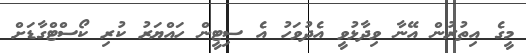
މީގެ އިތުރުން އޭނާ ވިދާޅުވީ އެދުވަހު އެ ސިޓީން ހައްޔަރު ކުރި ކޯސްޓްގާޑަށް